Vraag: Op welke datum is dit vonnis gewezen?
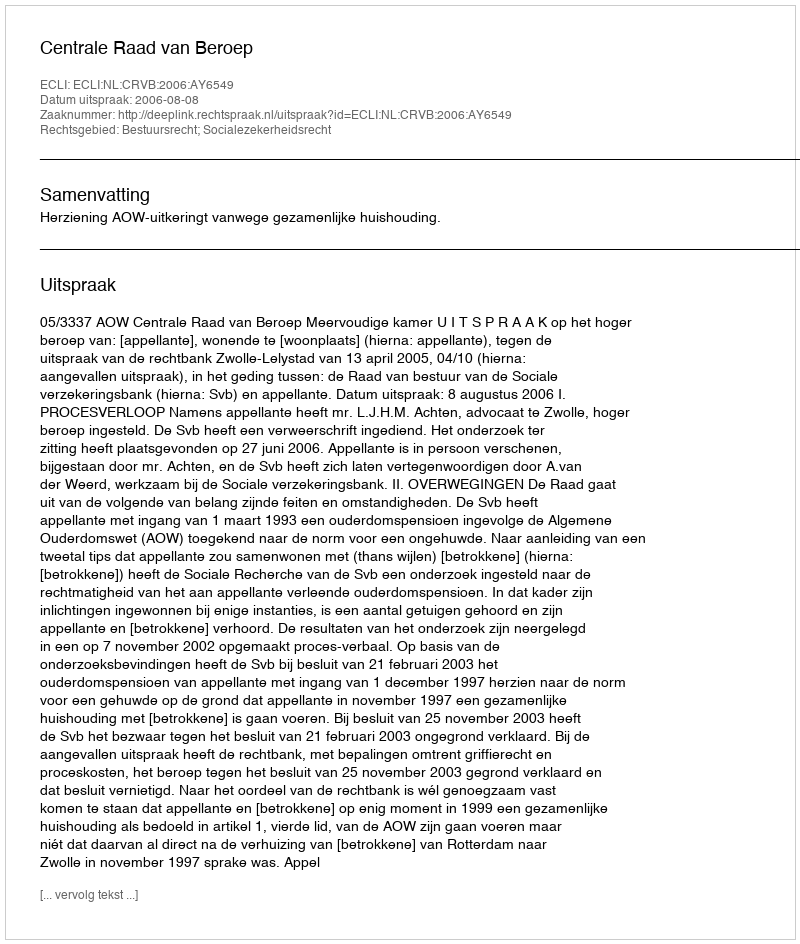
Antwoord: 2006-08-08